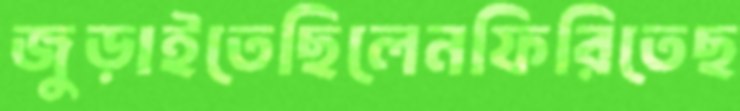
জুড়াইতেছিলেনফিরিতেছ